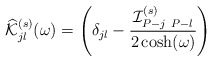
\begin{align*}\widehat{\cal K}^{(s)}_{jl}(\omega) =\left( \delta_{jl} - \frac{{\cal I}^{(s)}_{P-j\ P-l}}{2\cosh(\omega)}\right)\end{align*}